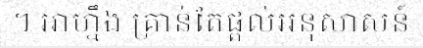
។ អាហ្នឹង គ្រាន់តែផ្តល់អនុសាសន៍